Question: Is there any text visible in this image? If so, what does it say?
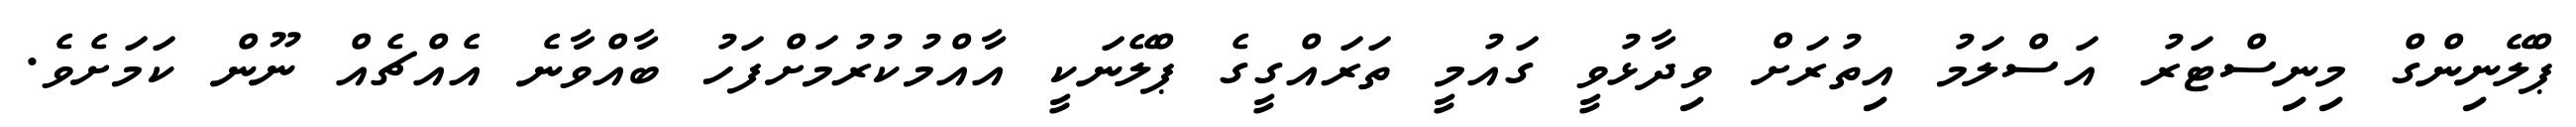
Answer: ޕްލޭނިންގް މިނިސްޓަރު އަސްލަމު އިތުރަށް ވިދާޅުވީ ގައުމީ ތަރައްގީގެ ޕްލޭނަކީ އާއްމުކުރުމަށްފަހު ބާއްވާނެ އެއްޗެއް ނޫން ކަމަށެވެ.